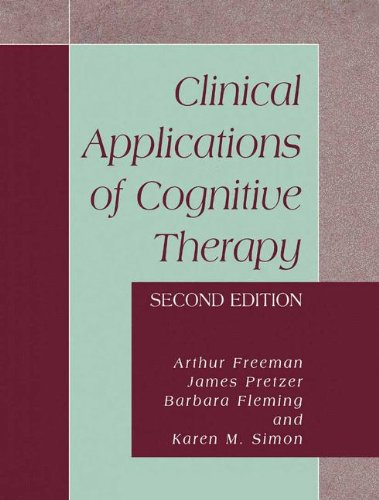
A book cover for Clinical Applications of Cognitive Therapy, Second Edition; James Pretzer; Health, Fitness & Dieting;